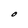
Character: O